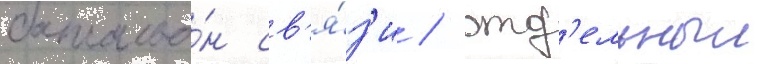
батальо́н св'я́з'и / отд'ельныи